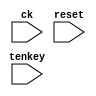
/* dq@*/

module keyenable( ck, reset, tenkey);
input ck, reset;
input [9:0] tenkey;

reg ke1, ke2;
wire key_enbl;

// eEL[`b^p
always @( posedge ck or posedge reset ) begin
   if ( reset==1'b1 ) begin
      ke2 <= 1'b0;
      ke1 <= 1'b0;
   end
   else begin
      ke2 <= ke1;
      ke1 <= | tenkey;
   end
end  

assign key_enbl = ~ke2 & ke1;

endmodule